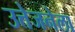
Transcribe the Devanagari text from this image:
उत्तेजनेला